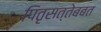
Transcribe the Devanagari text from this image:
पितृसत्तेबबत